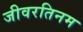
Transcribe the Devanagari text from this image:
जीवरतिनम